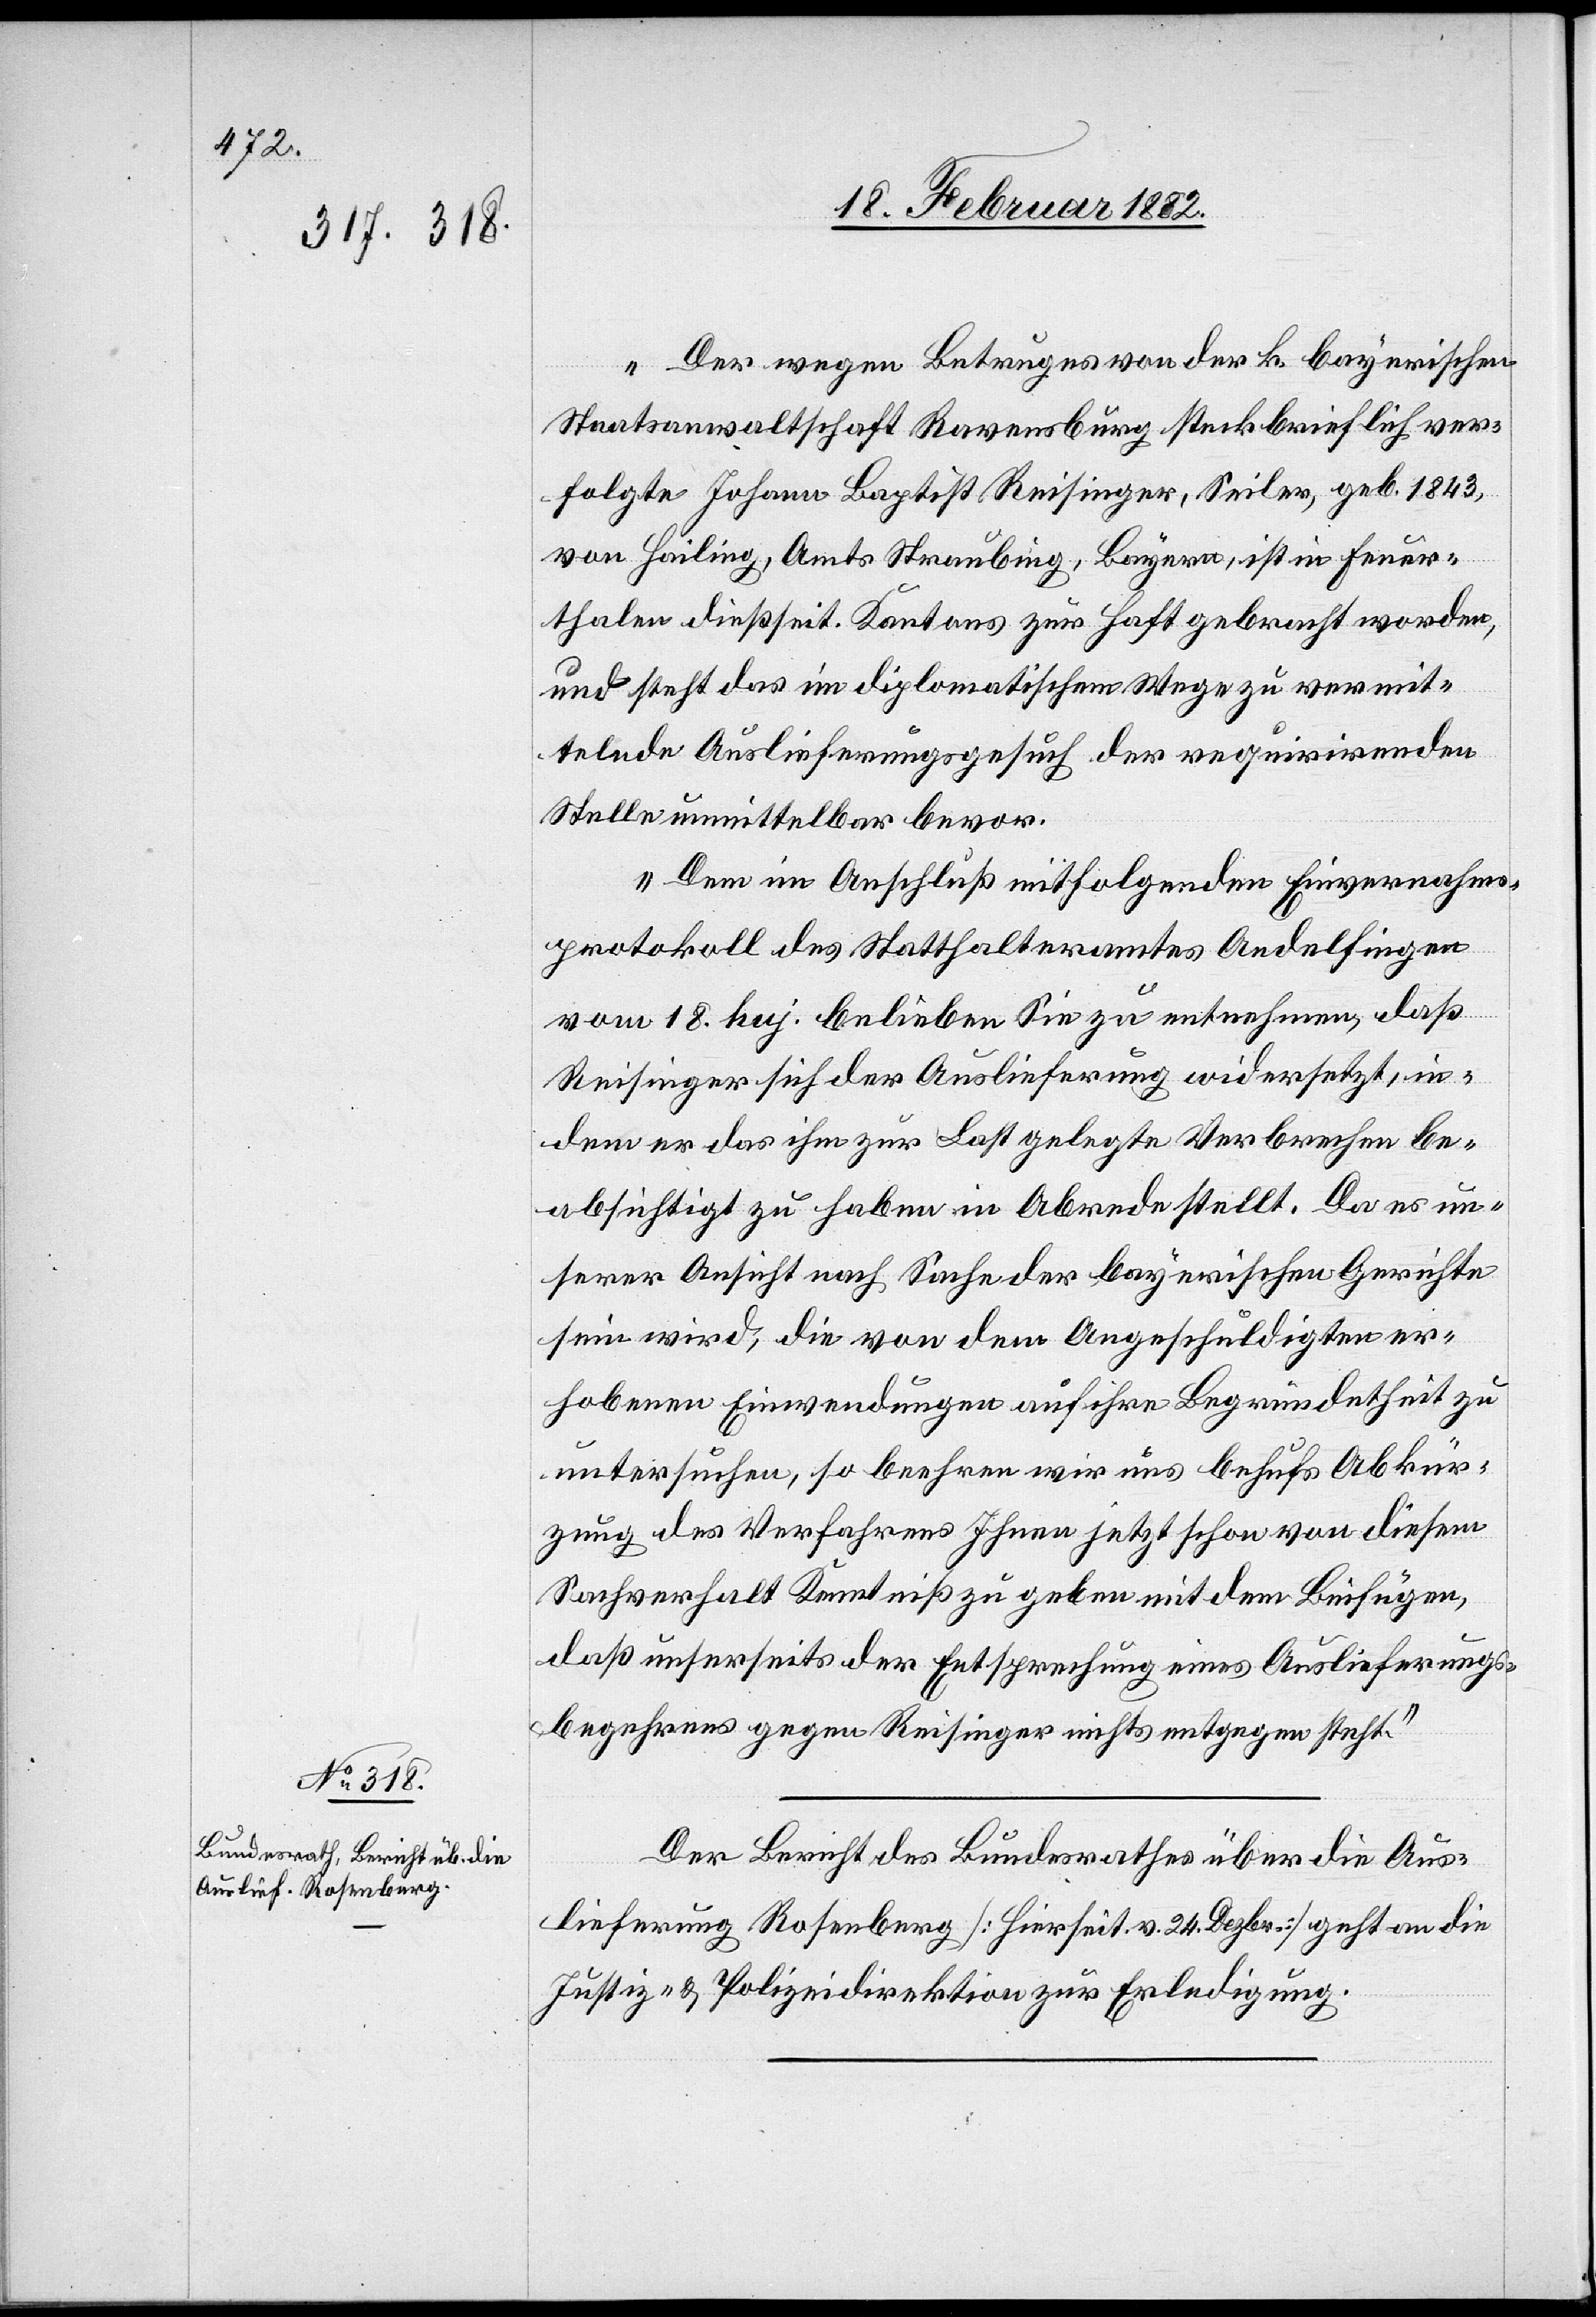
20. Februar 1882.]
„Der wegen Betrugs von der k. bayerischen
Staatsanwaltschaft Ravensburg steckbrieflich ver¬
folgte Johann Baptist Reisinger, Seiler, geb. 1843,
von Hailing, Amts Straubing, Bayern, ist in Feuer¬
thalen dießseit. Kantons zur Haft gebracht worden,
und steht das im diplomatischem Wege zu vereit¬
elnde Auslieferungsgesuch der requirirenden
Stelle unmittelbar bevor.
Dem im Anschluß mitfolgenden Einvernahms¬
protokoll des Statthalteramtes Andelfingen
vom 18. huj. belieben Sie zu entnehmen, daß
Reisinger sich der Auslieferung widersetzt, in¬
dem er das ihm zur Last gelegte Verbrechen be¬
absichtigt zu haben in Abrede stellt. Da es un¬
serer Ansicht nach Sache der bayerischen Gerichte
sein wird, die von dem Angeschuldigten er¬
hobenen Einwendungen auf ihre Begründetheit zu
untersuchen, so beehren wir uns behufs Abkür¬
zung des Verfahrens Ihnen jetzt schon von diesem
Sachverhalt Kenntniß zu geben mit dem Beifügen,
daß unsererseits der Entsprechung eines Auslieferungs¬
begehrens gegen Reisinger nichts entgegen steht.“
Der Bericht des Bundesrathes über die Aus¬
lieferung Rosenberg [Hierseit. v. 24. Dezbr.] geht an die
Justiz- & Polizeidirektion zur Erledigung.